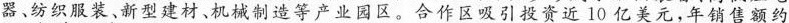
器﹑纺织服装、新型建材、机械制造等产业园区。合作区吸引投资近10亿美元，年销售额约